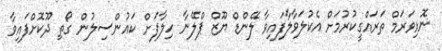
ނޮޅިވަރަމް ތަރައްގީކުރުމަށް އެކުލަވާލާފައިވާ ލޭންޑް ޔޫޒް ޕްލޭނާ ހިލާފަށް ކައުންސިލުން ގޯތި ދޫކޮށްފައިވާ